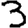
Digit: 3